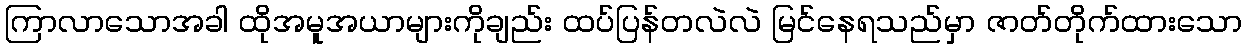
ကြာလာသောအခါ ထိုအမူအယာများကိုချည်း ထပ်ပြန်တလဲလဲ မြင်နေရသည်မှာ ဇာတ်တိုက်ထားသော